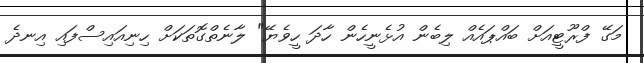
މަގޭ ފްރޫޓީއަށް ބައްޕައެއް ލިބެން އުޅެނީހެން ހާދަ ހީވެޔޭ" ލާނެތްގޮތަކަށް ހިނިއައިސްފައި އިނދެ